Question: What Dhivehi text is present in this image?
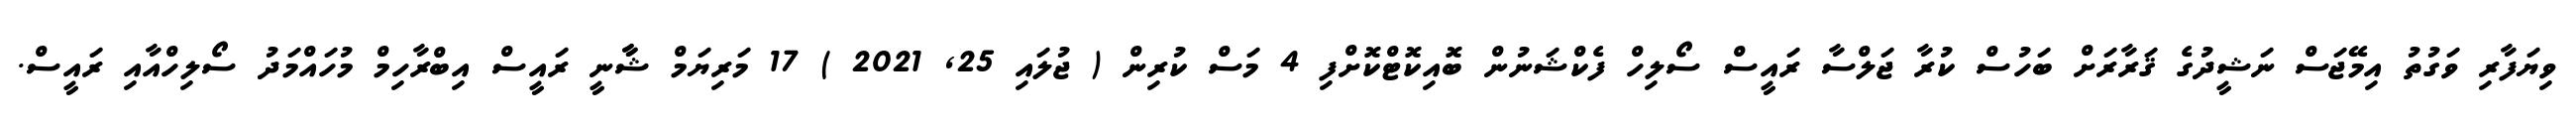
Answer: ވިޔަފާރި ވަގުތު އިމޭޖަސް ނަޝީދުގެ ޤަރާރަށް ބަހުސް ކުރާ ޖަލްސާ ރައީސް ސޯލިހް ފެކްޝަނުން ބޮއިކޮޓްކޮށްފި 4 މަސް ކުރިން ( ޖުލައި 25, 2021 ) 17 މަރިޔަމް ޝާާނީ ރައީސް އިބްރާހިމް މުހައްމަދު ސޯލިހްއާއި ރައީސް.